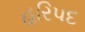
હરિપદ